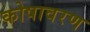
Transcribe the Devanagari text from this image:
कोषावरण